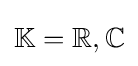
\mathbb {K} =\mathbb {R} ,\mathbb {C}